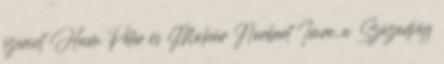
szerint Heim Péter és Molnár Norbert Imre, a Századvég